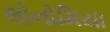
લોનોમિયા